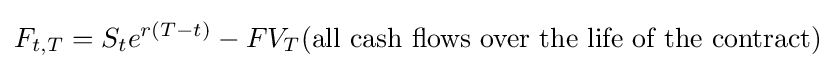
F_{t,T}=S_{t}e^{r(T-t)}-FV_{T}({\text{all cash flows over the life of the contract}})